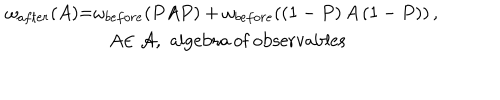
\begin{array} { c } { { \omega _ { a f t e r } ( A \mathcal { ) = } \omega _ { b e f o r e } ( P A P ) + \omega _ { b e f o r e } ( \left( 1 - P \right) A \left( 1 - P \right) ) \, , \, \, } } \\ { { \, \, \, A \mathcal { \in A } , \, \, \mathrm { a l g e b r a ~ o f ~ o b s e r v a b l e s ~ } } } \\ \end{array}